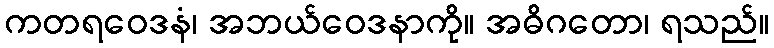
ကတရဝေဒနံ၊ အဘယ်ဝေဒနာကို။ အဓိဂတော၊ ရသည်။